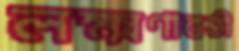
লক্ষ্মণাবতী